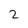
Character: 2